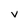
Character: v